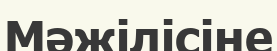
Мәжілісіне